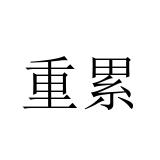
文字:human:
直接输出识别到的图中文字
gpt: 重累